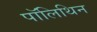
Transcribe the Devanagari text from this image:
पॉलिथिन